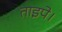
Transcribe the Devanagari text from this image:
ताइपे।